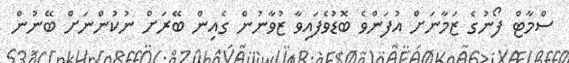
ސްމާޓް ފޯނުގެ ޒަމާނަށް އުފަންވެ ބޮޑުވެފައިވާ ޒުވާނުން ގެއިން ބޭރަށް ނުކުންނަށް ބޭނުން